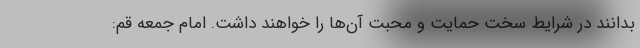
بدانند در شرایط سخت حمایت و محبت آن‌ها را خواهند داشت. امام جمعه قم: